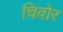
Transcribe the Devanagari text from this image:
चिवोर